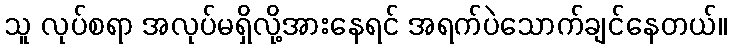
သူ လုပ်စရာ အလုပ်မရှိလို့အားနေရင် အရက်ပဲသောက်ချင်နေတယ်။